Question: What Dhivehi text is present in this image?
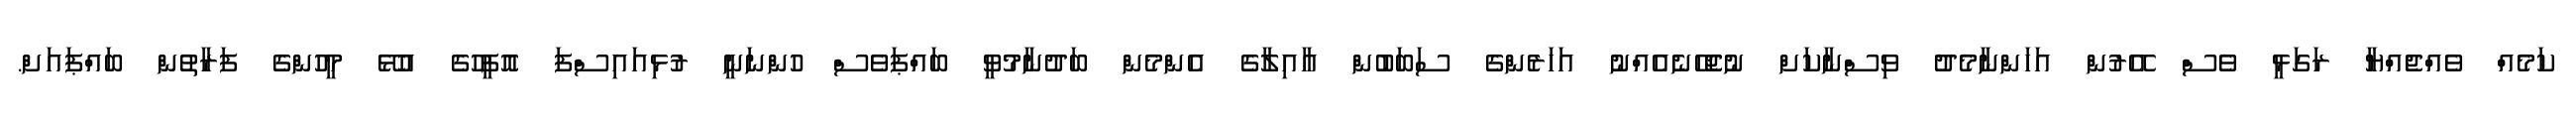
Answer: ކަމެއް ވެއްޖެއްޔާ ރަގަޅީ ވެސް އޭރުން އަހަންނާމެދު ވިސްނާކަށް ނުޖެހޭނެއެއްނު އަހަރެންގެ ސަބަބުން އާއިލާގެ އެންމެން ބަދުނާމުވީ ބައްޕަވެސް ހުންނަނީ ރުޅިއައިސްފަ އޮފީހުގެ އުޅޭ މީހުންގެ ފަރާތުން ބައްޕައަށް.